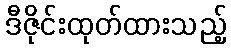
ဒီဇိုင်းထုတ်ထားသည့်